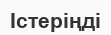
Істеріңді